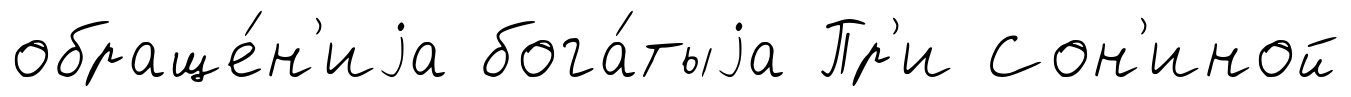
обраще́н'иjа бога́тыjа Пр'и Сон'иной